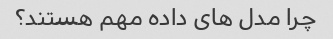
چرا مدل های داده مهم هستند؟